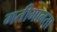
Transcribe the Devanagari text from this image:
गतीमानता